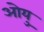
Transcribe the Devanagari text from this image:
ओयु